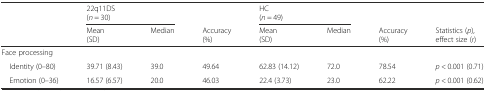
|  | <COLSPAN=2> 22q11DS(n = 30) |  | <COLSPAN=2> HC(n = 49) |  |  |
 |  | Mean(SD) | Median | Accuracy(%) | Mean(SD) | Median | Accuracy(%) | Statistics (p), effect size (r) |
 | --- | --- | --- | --- | --- | --- | --- | --- |
 | Face processing |  |  |  |  |  |  |  |
 | Identity (0–80) | 39.71 (8.43) | 39.0 | 49.64 | 62.83 (14.12) | 72.0 | 78.54 | p < 0.001 (0.71) |
 | Emotion (0–36) | 16.57 (6.57) | 20.0 | 46.03 | 22.4 (3.73) | 23.0 | 62.22 | p < 0.001 (0.62) |